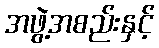
အဖွဲ့အစည်းနှင့်